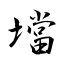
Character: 壋